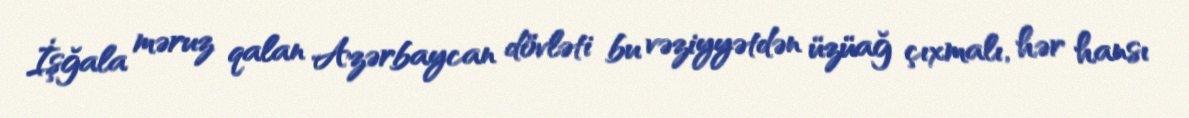
İşğala məruz qalan Azərbaycan dövləti bu vəziyyətdən üzüağ çıxmalı, hər hansı